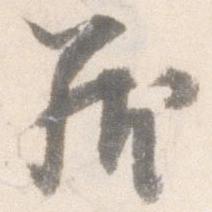
籠